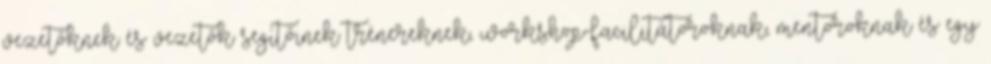
vezetőknek és vezetők segítőinek trénereknek, workshop-facilitátoroknak, mentoroknak és egy